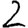
Digit: 2